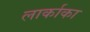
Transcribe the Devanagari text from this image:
लार्काका